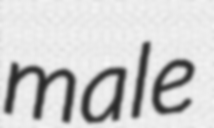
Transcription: male